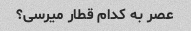
عصر به کدام قطار میرسی؟